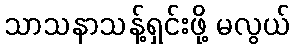
သာသနာသန့်ရှင်းဖို့ မလွယ်